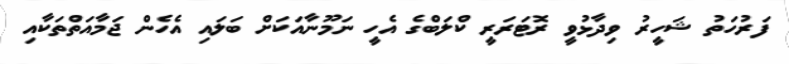
ފަރުހަތު ޝަހީރު ވިދާޅުވީ ރޮޓަރަރީ ކްލަބްގެ އެހީ ނަމޫނާއަކަށް ބަަލައި އެހެން ޖަމާއަތްތަކާއި